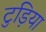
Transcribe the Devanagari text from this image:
टुड़िया